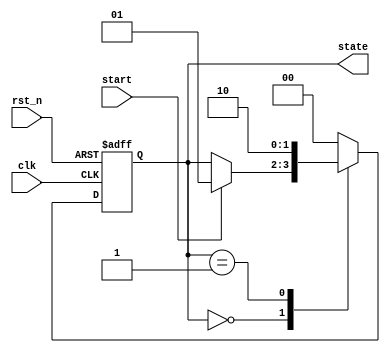
module fsm_example (
    input wire clk,          // Clock input
    input wire rst_n,       // Active low reset
    input wire start,       // Start signal to initiate the FSM
    output reg [1:0] state  // 2-bit state output
);

// State encoding
localparam IDLE    = 2'b00;
localparam RUNNING = 2'b01;
localparam DONE    = 2'b10;

// Initial state
initial begin
    state = IDLE;
end

// FSM process
always @(posedge clk or negedge rst_n) begin
    if (!rst_n) begin
        // Reset state
        state <= IDLE;
    end else begin
        case (state)
            IDLE: begin
                if (start) begin
                    state <= RUNNING; // Transition to RUNNING state
                end
            end
            
            RUNNING: begin
                // Perform some operations here
                // For example, after some condition, transition to DONE
                // Here we just simulate a transition after one clock cycle
                state <= DONE; // Transition to DONE state
            end
            
            DONE: begin
                // After completing the task, go back to IDLE
                state <= IDLE; // Transition back to IDLE state
            end
            
            default: state <= IDLE; // Default case to handle unexpected states
        endcase
    end
end

endmodule